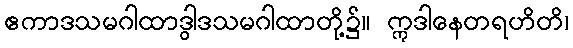
ဧကာဒသမဂါထာဒွါဒသမဂါထာတို့၌။ ဣဒါနေတရဟိတိ၊